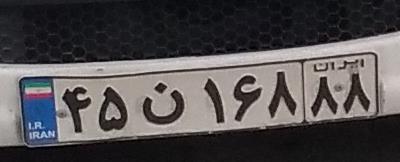
۴۵ن۱۶۸۸۸